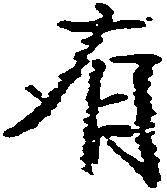
有